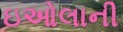
ઇઓલાની